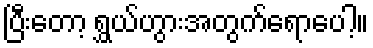
ပြီးတော့ ရွှယ်ဟွားအတွက်ရောပေါ့။